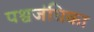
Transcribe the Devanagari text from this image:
पश्वजंघिका